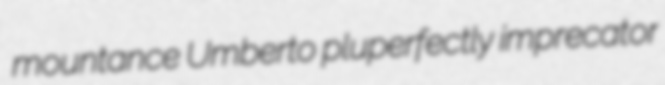
mountance Umberto pluperfectly imprecator